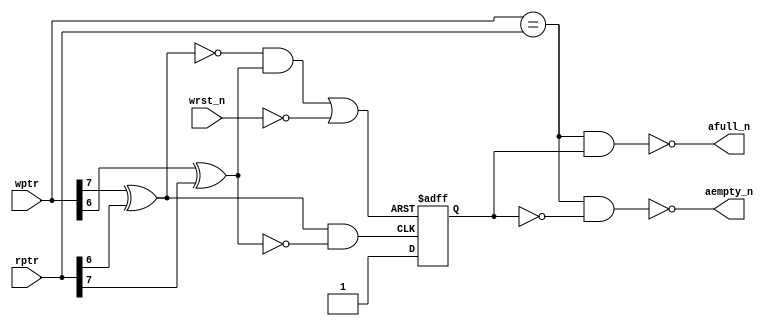
`timescale 1ns / 1ps
//////////////////////////////////////////////////////////////////////////////////
// Company: 
// Engineer: 
// 
// Design Name: 
// Module Name: rptr_empty
// Project Name: 
// Target Devices: 
// Tool Versions: 
// Description: 
// 
// Dependencies: 
// 
// Revision:
// Revision 0.01 - File Created
// Additional Comments:
// 
//////////////////////////////////////////////////////////////////////////////////

module async_cmp (aempty_n, afull_n, wptr, rptr, wrst_n);
    parameter       ADDRSIZE = 8;
    parameter       N = ADDRSIZE-1;
    output          aempty_n, afull_n;
    input   [N:0]   wptr, rptr;
    input           wrst_n;

    reg             direction;
    wire            high = 1'b1;
    
    wire            dirset_n = ~( (wptr[N]^rptr[N-1]) & ~(wptr[N-1]^rptr[N]));
    wire            dirclr_n = ~((~(wptr[N]^rptr[N-1]) & (wptr[N-1]^rptr[N])) | ~wrst_n);
//    always @(posedge high or negedge dirset_n or negedge dirclr_n)
//        if          (!dirclr_n)     direction <= 1'b0;
//        else if     (!dirset_n)     direction <= 1'b1;
//        else                        direction <= high;
    
    always @(negedge dirset_n or negedge dirclr_n)
        if      (!dirclr_n)     direction <= 1'b0;
        else                    direction <= 1'b1;
    
    assign aempty_n = ~((wptr == rptr) && !direction);
    assign afull_n  = ~((wptr == rptr) && direction);
endmodule